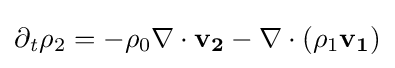
\partial _{\mathit {t}}{\mathit {\rho }}_{2}=-{\mathit {\rho }}_{0}\nabla \cdot {\textbf {v}}_{\textbf {2}}-\nabla \cdot ({\mathit {\rho }}_{1}{\textbf {v}}_{\textbf {1}})